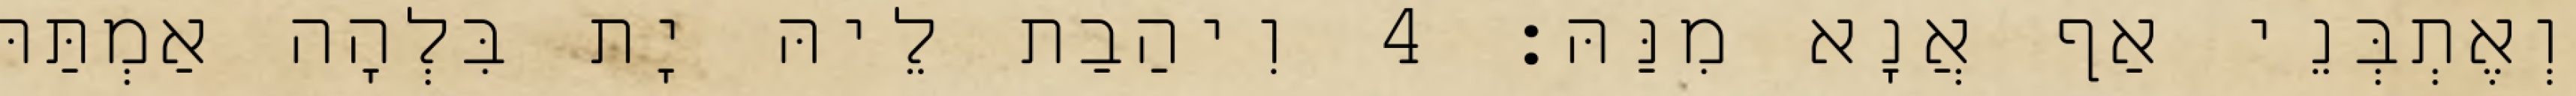
וְאֶתְבְּנֵי אַף אֲנָא מִנַּהּ׃ 4 וִיהַבַת לֵיהּ יָת בִּלְהָה אַמְתַּהּ